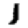
Digit: 1